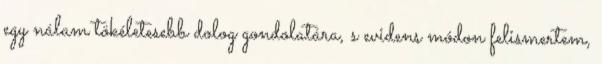
egy nálam tökéletesebb dolog gondolatára, s evidens módon felismertem,